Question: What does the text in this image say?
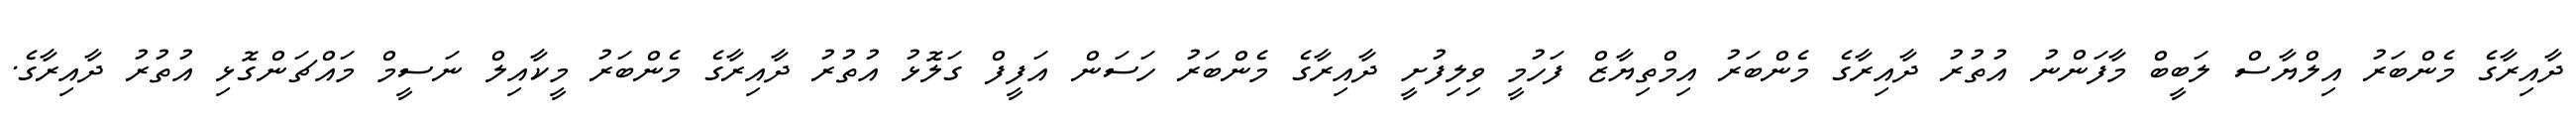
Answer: ދާއިރާގެ މެންބަރު އިލްޔާސް ލަބީބް މާފަންނު އުތުރު ދާއިރާގެ މެންބަރު އިމްތިޔާޒް ފަހުމީ ވިލިފުށީ ދާއިރާގެ މެންބަރު ހަސަން އަފީފް ގަލޮޅު އުތުރު ދާއިރާގެ މެންބަރު މީކާއިލް ނަސީމް މައްޗަންގޮޅި އުތުރު ދާއިރާގެ.